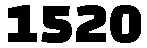
1520